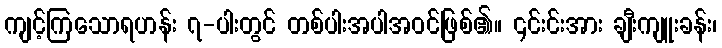
ကျင့်ကြသောရဟန်း ၇-ပါးတွင် တစ်ပါးအပါအဝင်ဖြစ်၏။ ၎င်းင်းအား ချီးကျူးခန်း၊